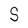
Character: S